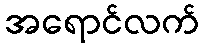
အရောင်လက်